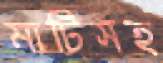
মাটিসহ